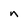
Character: n